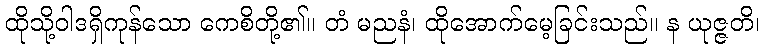
ထိုသို့ဝါဒရှိကုန်သော ကေစိတို့၏။ တံ မညနံ၊ ထိုအောက်မေ့ခြင်းသည်။ န ယုဇ္ဇတိ၊